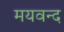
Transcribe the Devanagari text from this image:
मयवन्द